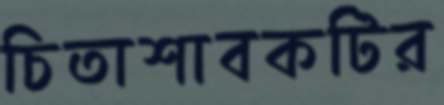
চিতাশাবকটির